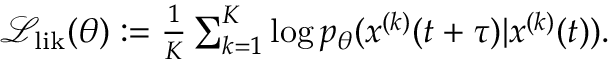
\begin{array} { r } { \textstyle \mathcal { L } _ { \mathrm { l i k } } ( \theta ) : = \frac { 1 } { K } \sum _ { k = 1 } ^ { K } \log p _ { \theta } ( x ^ { ( k ) } ( t + \tau ) | x ^ { ( k ) } ( t ) ) . } \end{array}